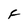
Character: F